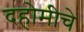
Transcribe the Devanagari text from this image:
दहोमीचे